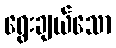
ရွေးချယ်သော